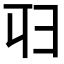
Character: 𠨔